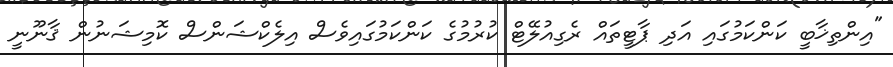
"އިންތިޚާބީ ކަންކަމުގައި އަދި ޕާޓީތައް ރެގިއުލޭޓް ކުރުމުގެ ކަންކަމުގައިވެސް އިލެކްޝަންސް ކޮމިޝަނުން ޤާނޫނީ